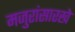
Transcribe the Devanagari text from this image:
मजुरांसारखे